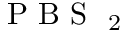
\mathrm { ~ P ~ B ~ S ~ } _ { \mathrm { ~ 2 ~ } }